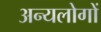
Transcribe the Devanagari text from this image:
अन्यलोगों